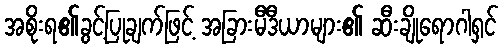
အစိုးရ၏ခွင့်ပြုချက်ဖြင့် အခြားမီဒီယာများ၏ ဆီးချိုရောဂါရှင်